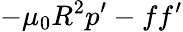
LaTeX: -\mu_{0}R^{2}p^{\prime}-ff^{\prime}